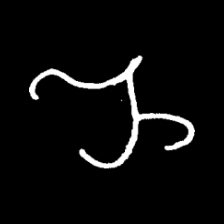
Pyu character \u2014 Myanmar letter: ည (romanized: nya)